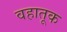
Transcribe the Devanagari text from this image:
वहातूक